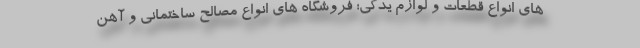
های انواع قطعات و لوازم یدکی؛ فروشگاه های انواع مصالح ساختمانی و آهن